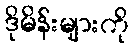
ဒိုမိန်းများကို